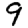
Digit: 9